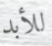
للأبد